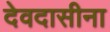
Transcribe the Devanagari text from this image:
देवदासीना